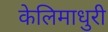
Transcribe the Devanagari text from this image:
केलिमाधुरी